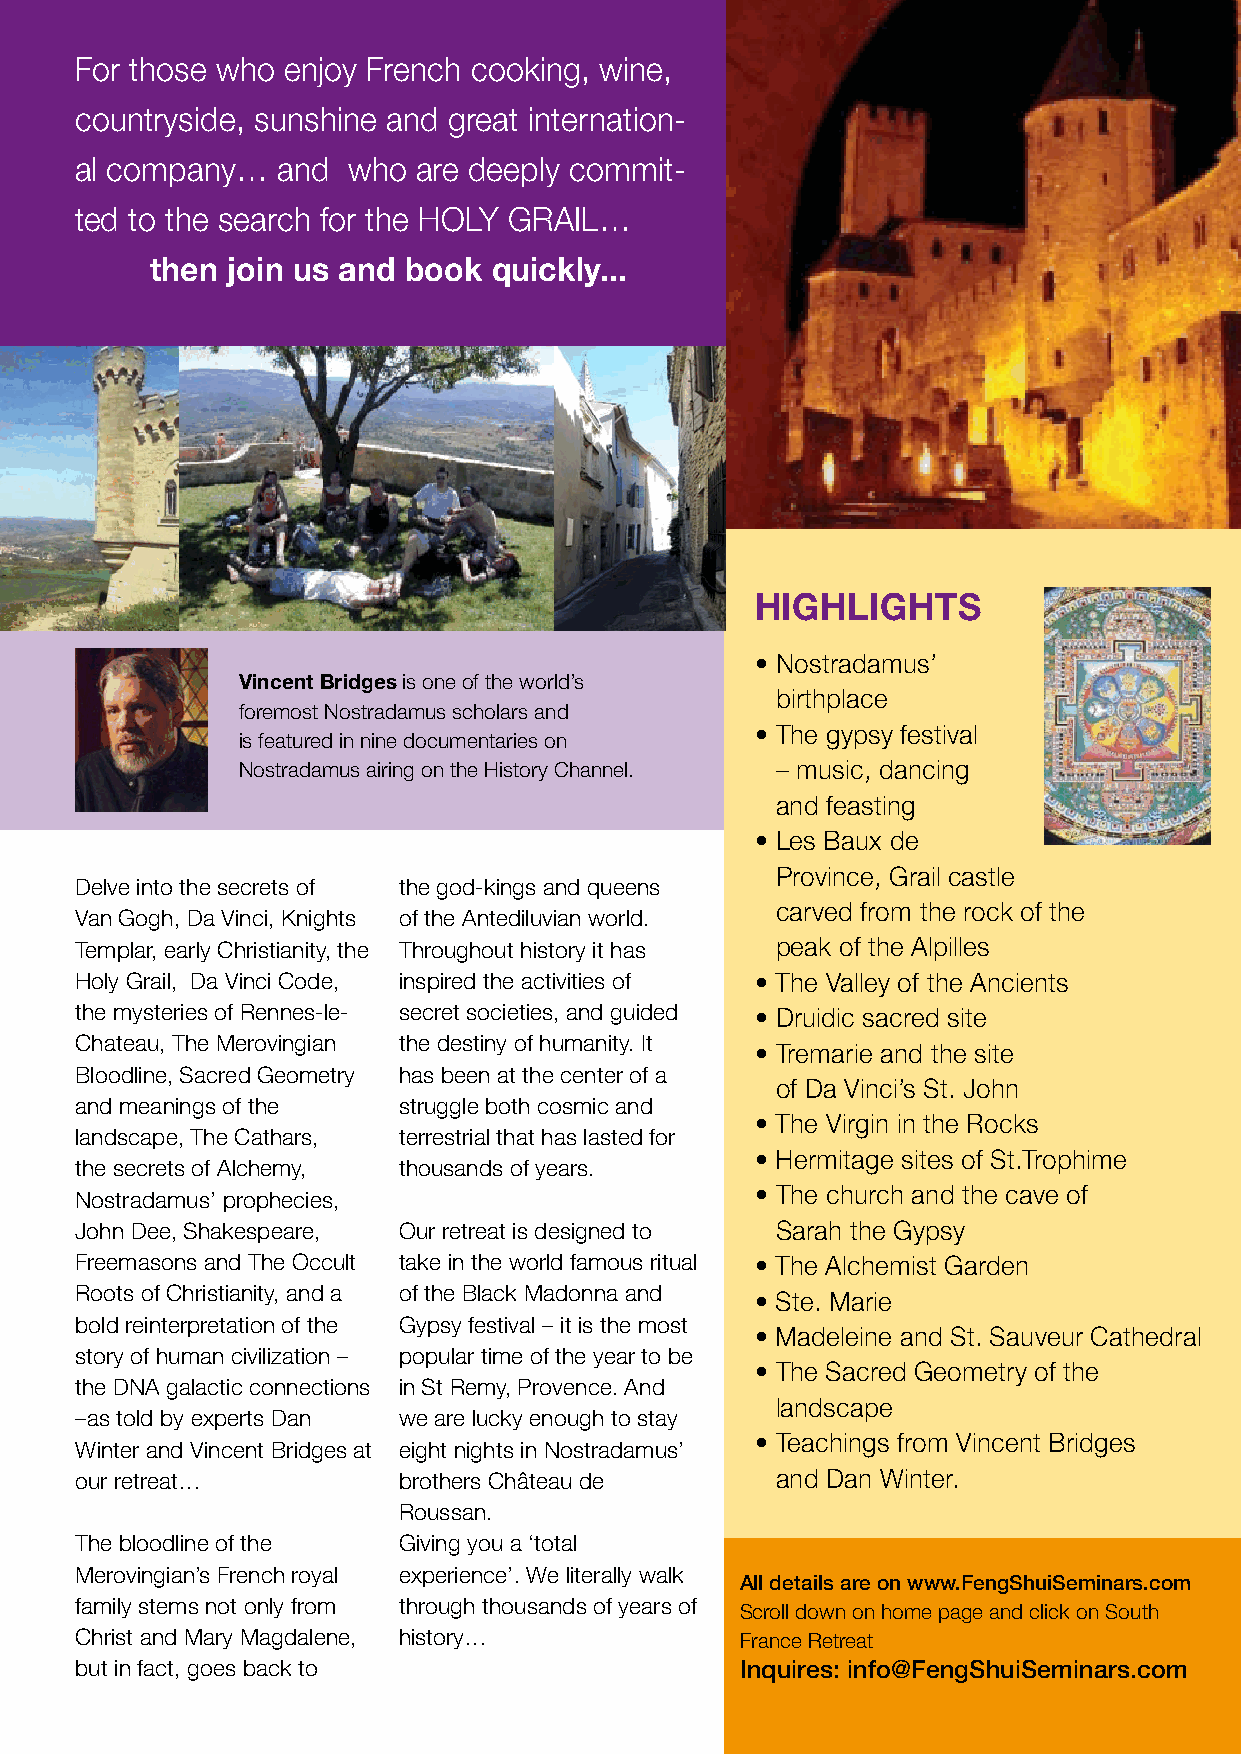
For those who enjoy French cooking, wine,
 countryside, sunshine and great internation-
 al company…  and  who  are deeply commit-
 ted to the search for the HOLY GRAIL…
 then join us and book  quickly...
 HIGHLIGHTS
 • Nostradamus’
 Vincent Bridges is one of the world’s
 birthplace
 foremost Nostradamus scholars and
 • The gypsy festival
 is featured in nine documentaries on
 Nostradamus airing on the History Channel. – music, dancing
 and feasting
 • Les Baux de
 Province, Grail castle
 Delve into the secrets of the god-kings and queens
 carved from the rock of the
 Van Gogh, Da Vinci, Knights of the Antediluvian world.
 Templar, early Christianity, the Throughout history it has peak of the Alpilles
 Holy Grail, Da Vinci Code, inspired the activities of • The Valley of the Ancients
 the mysteries of Rennes-le- secret societies, and guided • Druidic sacred site
 Chateau, The Merovingian the destiny of humanity. It
 • Tremarie and the site
 Bloodline, Sacred Geometry has been at the center of a
 of Da Vinci’s St. John
 and meanings of the  struggle both cosmic and
 • The Virgin in the Rocks
 landscape, The Cathars, terrestrial that has lasted for
 • Hermitage sites of St.Trophime
 the secrets of Alchemy, thousands of years.
 • The church and the cave of
 Nostradamus’ prophecies,
 John Dee, Shakespeare, Our retreat is designed to Sarah the Gypsy
 Freemasons and The Occult take in the world famous ritual • The Alchemist Garden
 Roots of Christianity, and a of the Black Madonna and • Ste. Marie
 bold reinterpretation of the Gypsy festival – it is the most
 • Madeleine and St. Sauveur Cathedral
 story of human civilization – popular time of the year to be
 • The Sacred Geometry of the
 the DNA galactic connections in St Remy, Provence. And
 landscape
 –as told by experts Dan we are lucky enough to stay
 • Teachings from Vincent Bridges
 Winter and Vincent Bridges at eight nights in Nostradamus’
 our retreat…         brothers Château de      and Dan Winter.
 Roussan.
 The bloodline of the Giving you a ‘total
 Merovingian’s French royal experience’. We literally walk
 All details are on www.FengShuiSeminars.com
 family stems not only from through thousands of years of
 Scroll down on home page and click on South
 Christ and Mary Magdalene, history…         France Retreat
 but in fact, goes back to                   Inquires: info@FengShuiSeminars.com